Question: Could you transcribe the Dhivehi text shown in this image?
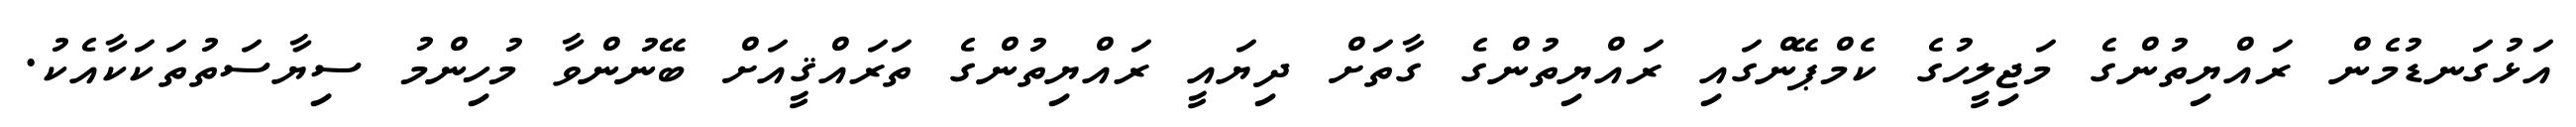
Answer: އަޅުގަނޑުމެން ރައްޔިތުންގެ މަޖިލީހުގެ ކެމްޕޭންގައި ރައްޔިތުންގެ ގާތަށް ދިޔައީ ރައްޔިތުންގެ ތަރައްޤީއަށް ބޭނުންވާ މުހިންމު ސިޔާސަތުތަކަކާއެކު.